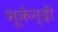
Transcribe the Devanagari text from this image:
भूकेन्द्री